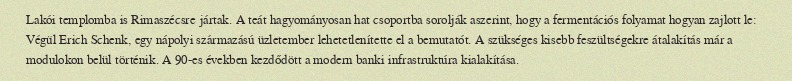
Lakói templomba is Rimaszécsre jártak. A teát hagyományosan hat csoportba sorolják aszerint, hogy a fermentációs folyamat hogyan zajlott le: Végül Erich Schenk, egy nápolyi származású üzletember lehetetlenítette el a bemutatót. A szükséges kisebb feszültségekre átalakítás már a modulokon belül történik. A 90-es években kezdődött a modern banki infrastruktúra kialakítása.